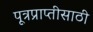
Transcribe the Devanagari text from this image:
पूत्रप्राप्तीसाठी